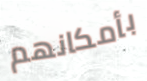
بأمكانهم